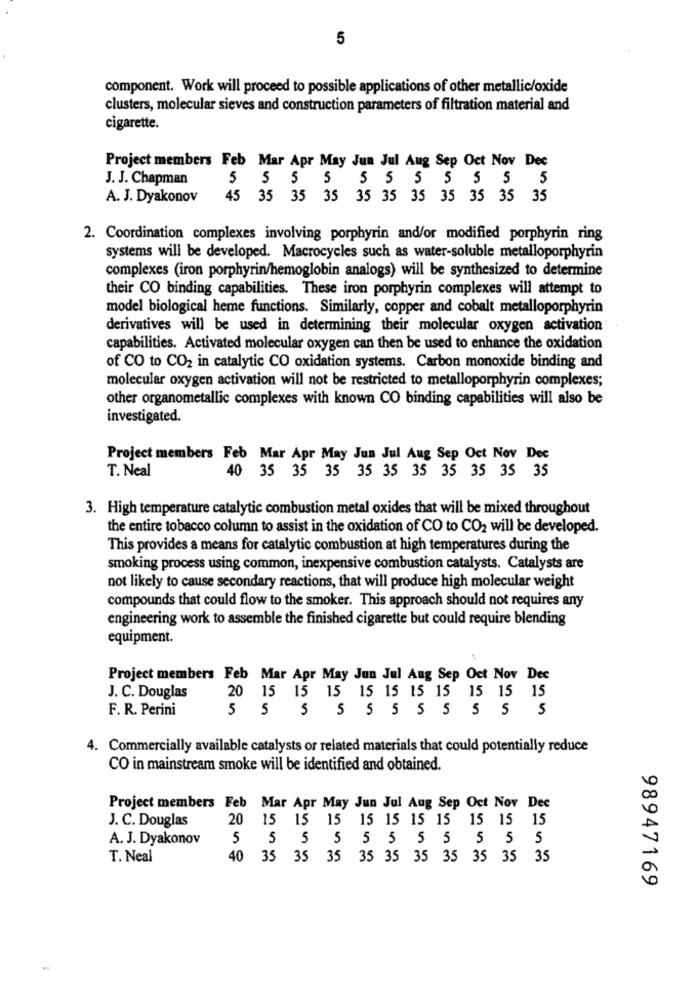
5
component. Work will proceed to possible applications of other metallic/oxide
clusters, molecular sieves and construction parameters of filtration material and
cigarette.
Project members Feb Mar Apr May Jun Jul Aug Sep Oct Nov Dec
J. J. Chapman
5 5 5 5 5 5 5 5 5 5 5
A. J. Dyakonov
45 35 35 35 35 35 35 35 35 35 35
2. Coordination complexes involving porphyrin and/or modified porphyrin ring
systems will be developed. Macrocycles such as water-soluble metalloporphyrin
complexes (iron porphyrin/hemoglobin analogs) will be synthesized to determine
their CO binding capabilities. These iron porphyrin complexes will attempt to
model biological heme functions. Similarly, copper and cobalt metalloporphyrin
derivatives will be used in determining their molecular oxygen activation
capabilities. Activated molecular oxygen can then be used to enhance the oxidation
of CO to CO2 in catalytic CO oxidation systems. Carbon monoxide binding and
molecular oxygen activation will not be restricted to metalloporphyrin complexes;
other organometallic complexes with known CO binding capabilities will also be
investigated.
Project members Feb Mar Apr May Jun Jul Aug Sep Oct Nov Dec
T. Neal
40 35 35 35 35 35 35 35 35 35 35
3. High temperature catalytic combustion metal oxides that will be mixed throughout
the entire tobacco column to assist in the oxidation of CO to CO2 will be developed.
This provides a means for catalytic combustion at high temperatures during the
smoking process using common, inexpensive combustion catalysts. Catalysts are
not likely to cause secondary reactions, that will produce high molecular weight
compounds that could flow to the smoker. This approach should not requires any
engineering work to assemble the finished cigarette but could require blending
equipment.
Project members Feb Mar Apr May Jun Jul Aug Sep Oct Nov Dec
20 15 15 15 15 15 15 15 15 15 15
J. C. Douglas
F. R. Perini
5 5 5 5 5 5 5 5 5 5 5
4. Commercially available catalysts or related materials that could potentially reduce
CO in mainstream smoke will be identified and obtained.
Project members Feb Mar Apr May Jun Jul Aug Sep Oct Nov Dec
J. C. Douglas
20
15 15 15 15 15 15 15 15 15 15
A. J. Dyakonov
5 5 5 5 5 5 5 5 5 5 5
T. Neal
40
35 35 35 35 35 35 35 35 35 35
98947169